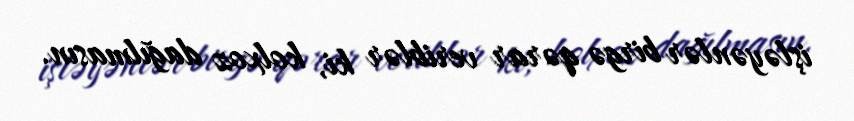
işləyənlər birgə qərar veriblər ki, kolxoz dağılmasın.